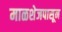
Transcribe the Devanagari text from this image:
माळशेजपासून